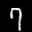
Label: 7